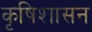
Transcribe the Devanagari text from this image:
कृषिशासन